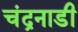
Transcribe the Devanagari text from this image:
चंद्रनाडी